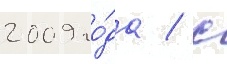
2009 го́да / с